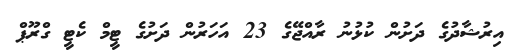
އިރުޝާދުގެ ދަށުން ކުޅުނު ރާއްޖޭގެ 23 އަހަރުން ދަށުގެ ޓީމް ކެޓީ ގްރޫޕް